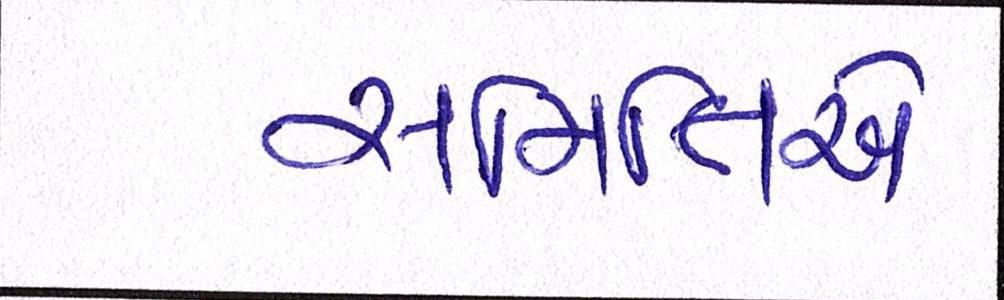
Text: સમિતિએ